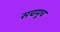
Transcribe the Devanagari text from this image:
सचमूच